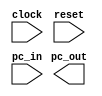
module pc (clock, reset, pc_in, pc_out);
	input clock, reset;
	input[31:0] pc_in;
	output[31:0] pc_out;
	/*
	input clock, reset;
	input[31:0] pc_in;
	output[31:0] pc_out
	
	genvar i;
	generate
	for(i = 0; i < 32; i=i+1) begin:pc
		dffe_ref dff(.q(pc_out), .d(pc_in), .clk(clock), .en(1'b1), .clr(reset));
	end
	endgenerate;
	*/
endmodule